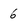
Character: 6